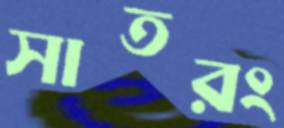
সাতরং